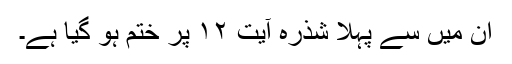
اِن میں سے پہلا شذرہ آیت ۱۲ پر ختم ہو گیا ہے۔